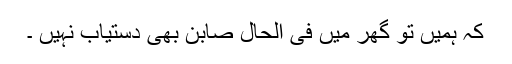
کہ ہمیں تو گھر میں فی الحال صابن بھی دستیاب نہیں ۔